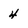
Character: 4